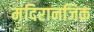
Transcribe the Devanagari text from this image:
मंदिरानजिक